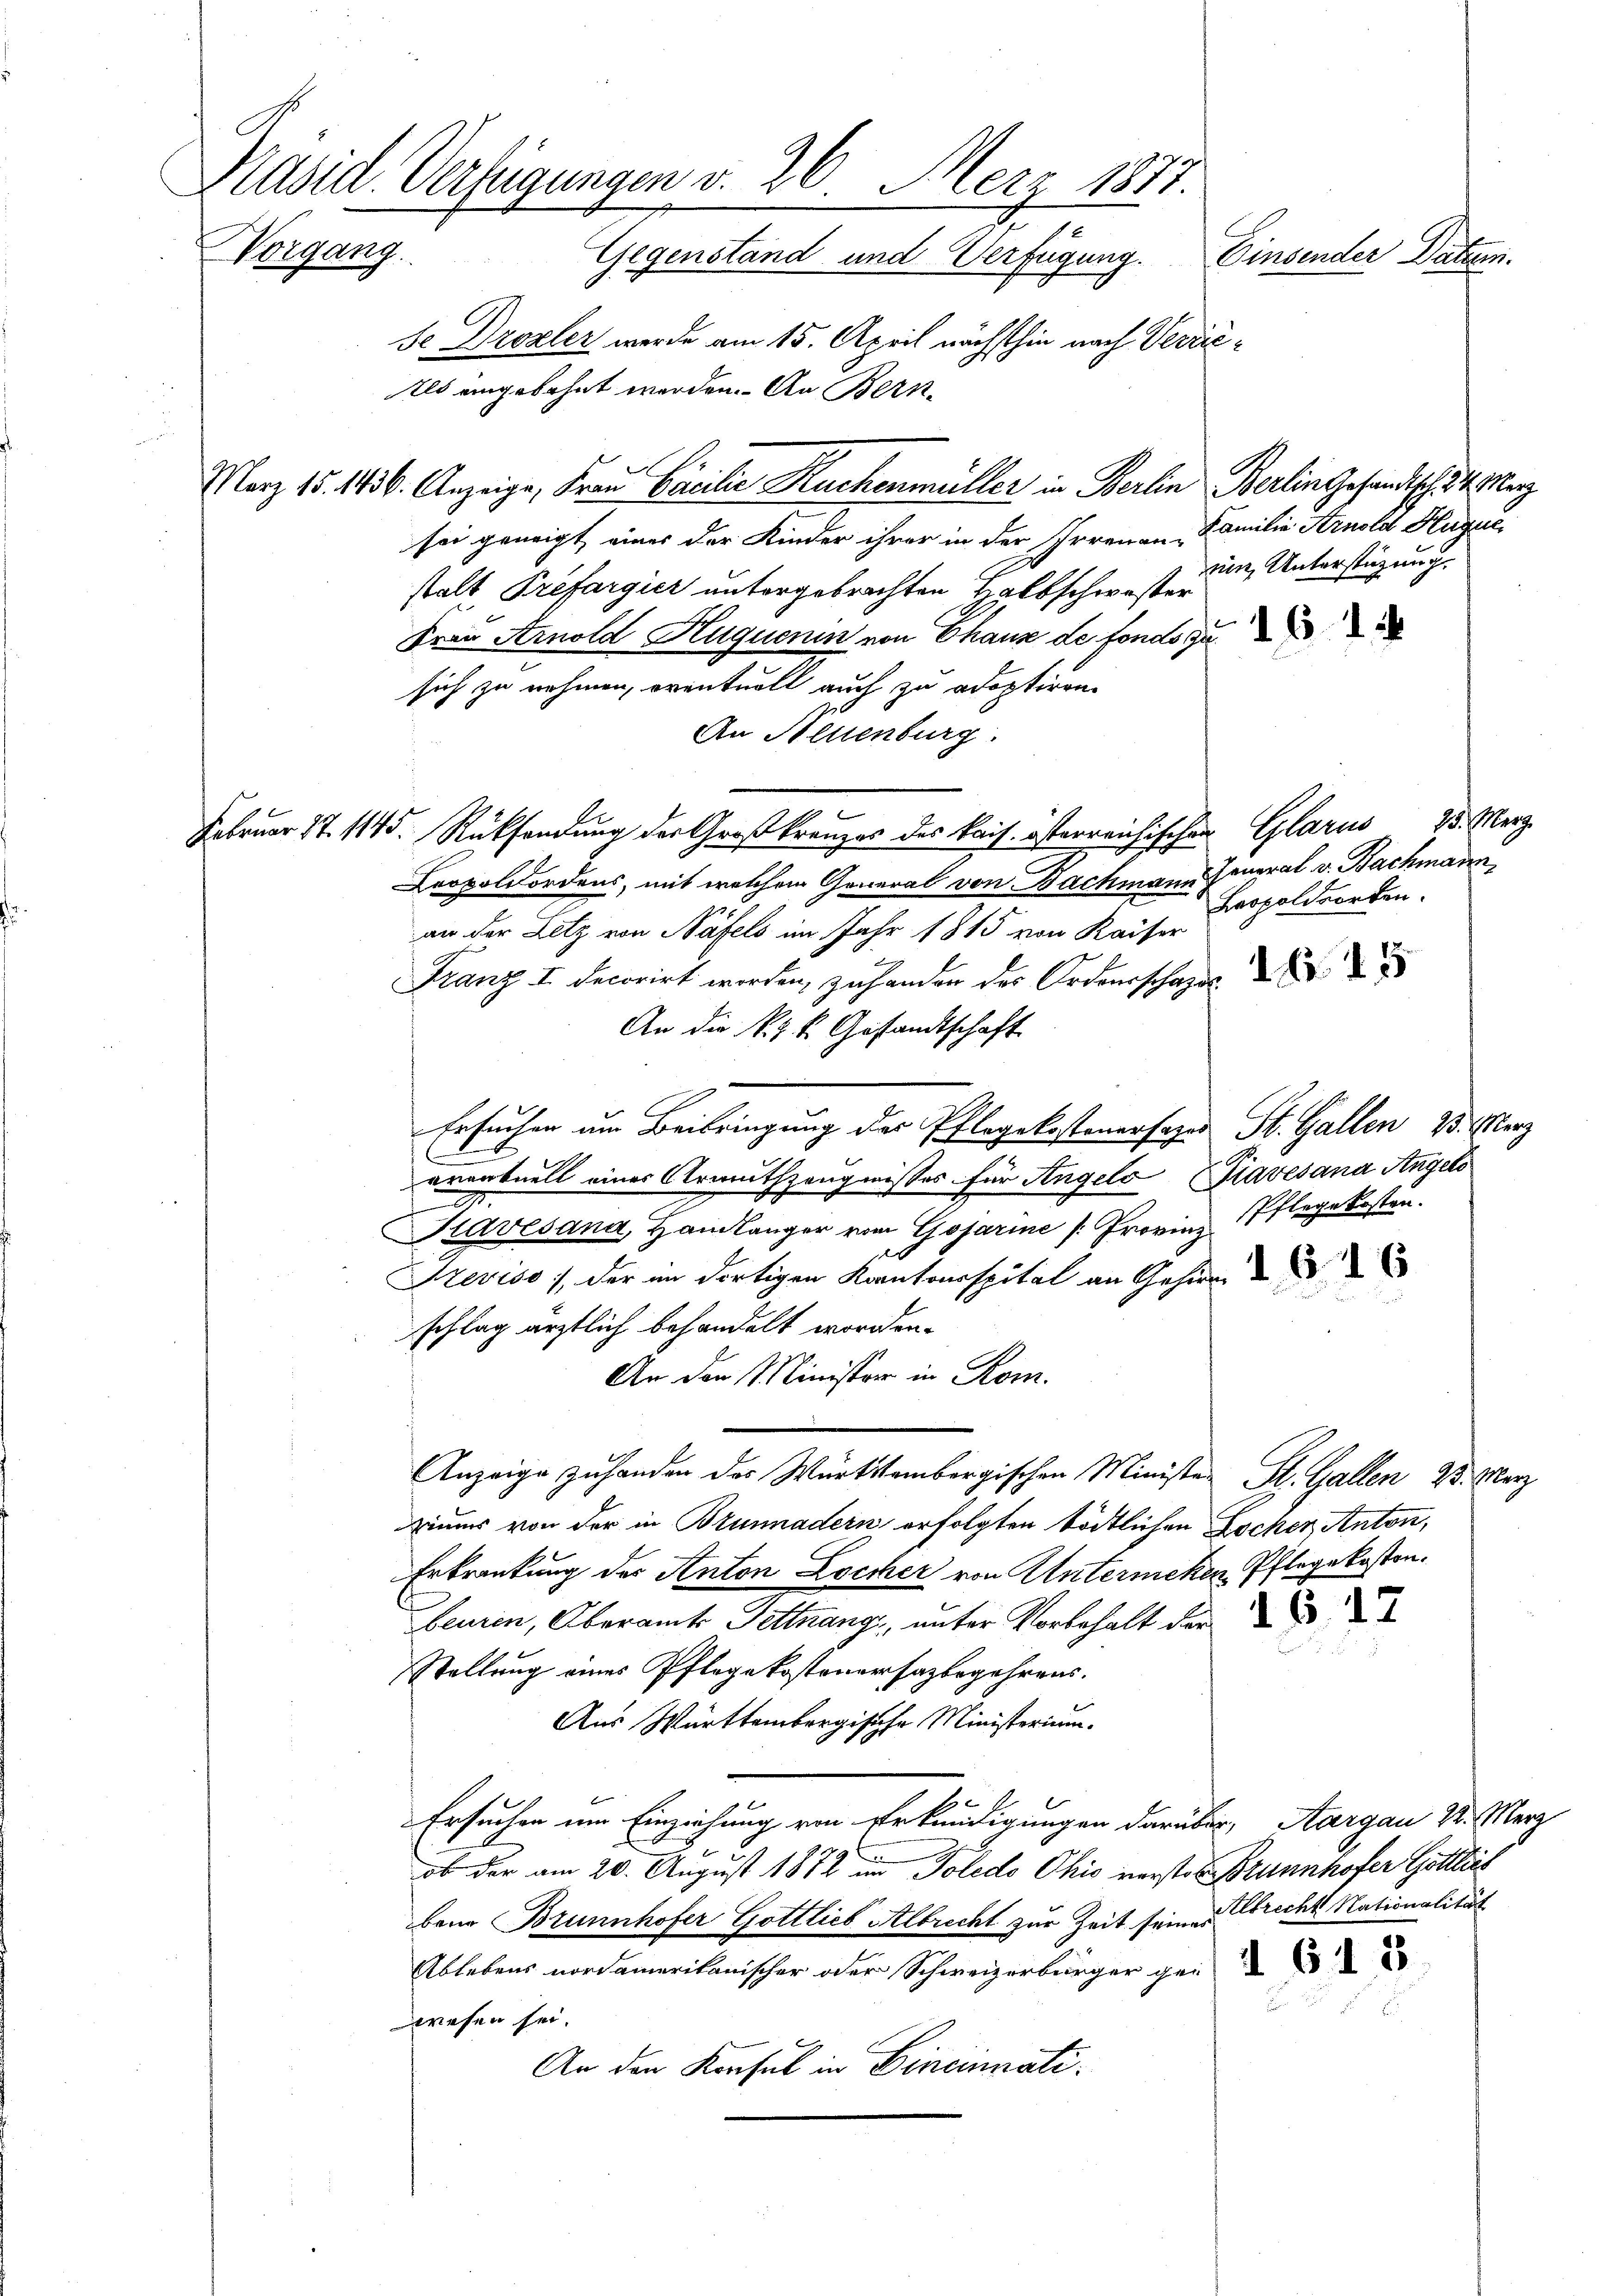
Präsid. Verfügungen v. 26. Merz 1877.
Vorgang
Einsender Daten.
Gegenstand und Verfügung.
Se Drozler werde am 15. April nächsthin nach Verzie¬
Als eingebohnt worden. An Bern-

März 15. 1156. Anzeige, Frau Carilie Kuchenmüller in Berlin Berlin Gesandtsch 4. Merz
sei geneigt, eines der Kinder ihrer in der Irrenan Familie Arnold Hugue,
nin Unterstüzung.
stalt Prefargier untergebrachten Halbschwister
Frau Arnold Huquenin von Thaus de fondo zu
sich zu nehmen, eventuell auch zu adoptiren.
An Aeuenburg:
Februar 17. 1145. Rücksendung der Großkreuzes des kais. österreichischen Glarus 25. Merz
Leopoldordens, mit welchem General von Bachmann moral v. Bachmann
Leopoldsorten.
an der Letz von Näfels im Jahr 1815 von Kaiser
Franz I. Decorirt worden, zu handen der Ordenschaft
An die k. k. k. Gesandtschaft
Ersuchen um Beibringung der Pflegekostenersages St. Gallen 23. Merz
.
e
eventuell eines Armuthhängnisses für Angelo (Travesana Angels
.
Pavesana, Handlänger von Gosarine [Provinz Pflegekosten.
Trevise, der im dortigen Kantonsspital an Gehirr
schlag ärztlich behandelt worden.
An der Minister in Rom.
Anzeige zuhanden des Württembergischen Minister St. Gallen 23. Merz
iums von der in Brunnadern erfolgten tödtlichen Locher, Anton,
Erkrankung des Anton Locker von Untermehen Pflegekosten.
beuren, Oberamts Tettnang, unter Vorbehalt der
Stellung eines Pflegekostenersagbegehrens.
Aus Württembergische Ministerium.
Ersuchen um Einziehung von Erkundigungen darüber, Aargau 2. Merz
ob der am 20. August 1872 im Polido Ohio verster Brunnhofer Gottlich
bene Brunnhofer Gottlieb Albrecht zur Zeit seiner Abrecht Nationalität
Ablebens nordamerikanischer oder Schweizerbürger ge
wesen sei.
An den Konsul in Cincinnati¬